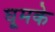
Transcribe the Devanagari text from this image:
घूमके